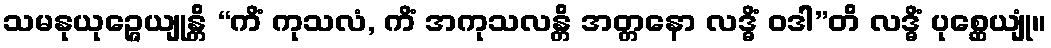
သမနုယုဉ္ဇေယျုန္တိ “ကိံ ကုသလံ, ကိံ အကုသလန္တိ အတ္တနော လဒ္ဓိံ ဝဒါ”တိ လဒ္ဓိံ ပုစ္ဆေယျုံ။